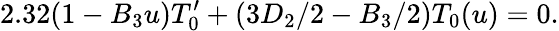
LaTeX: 2.32(1-B_{3}u)T_{0}^{\prime}+(3D_{2}/2-B_{3}/2)T_{0}(u)=0.